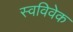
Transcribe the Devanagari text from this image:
स्‍वविवेक